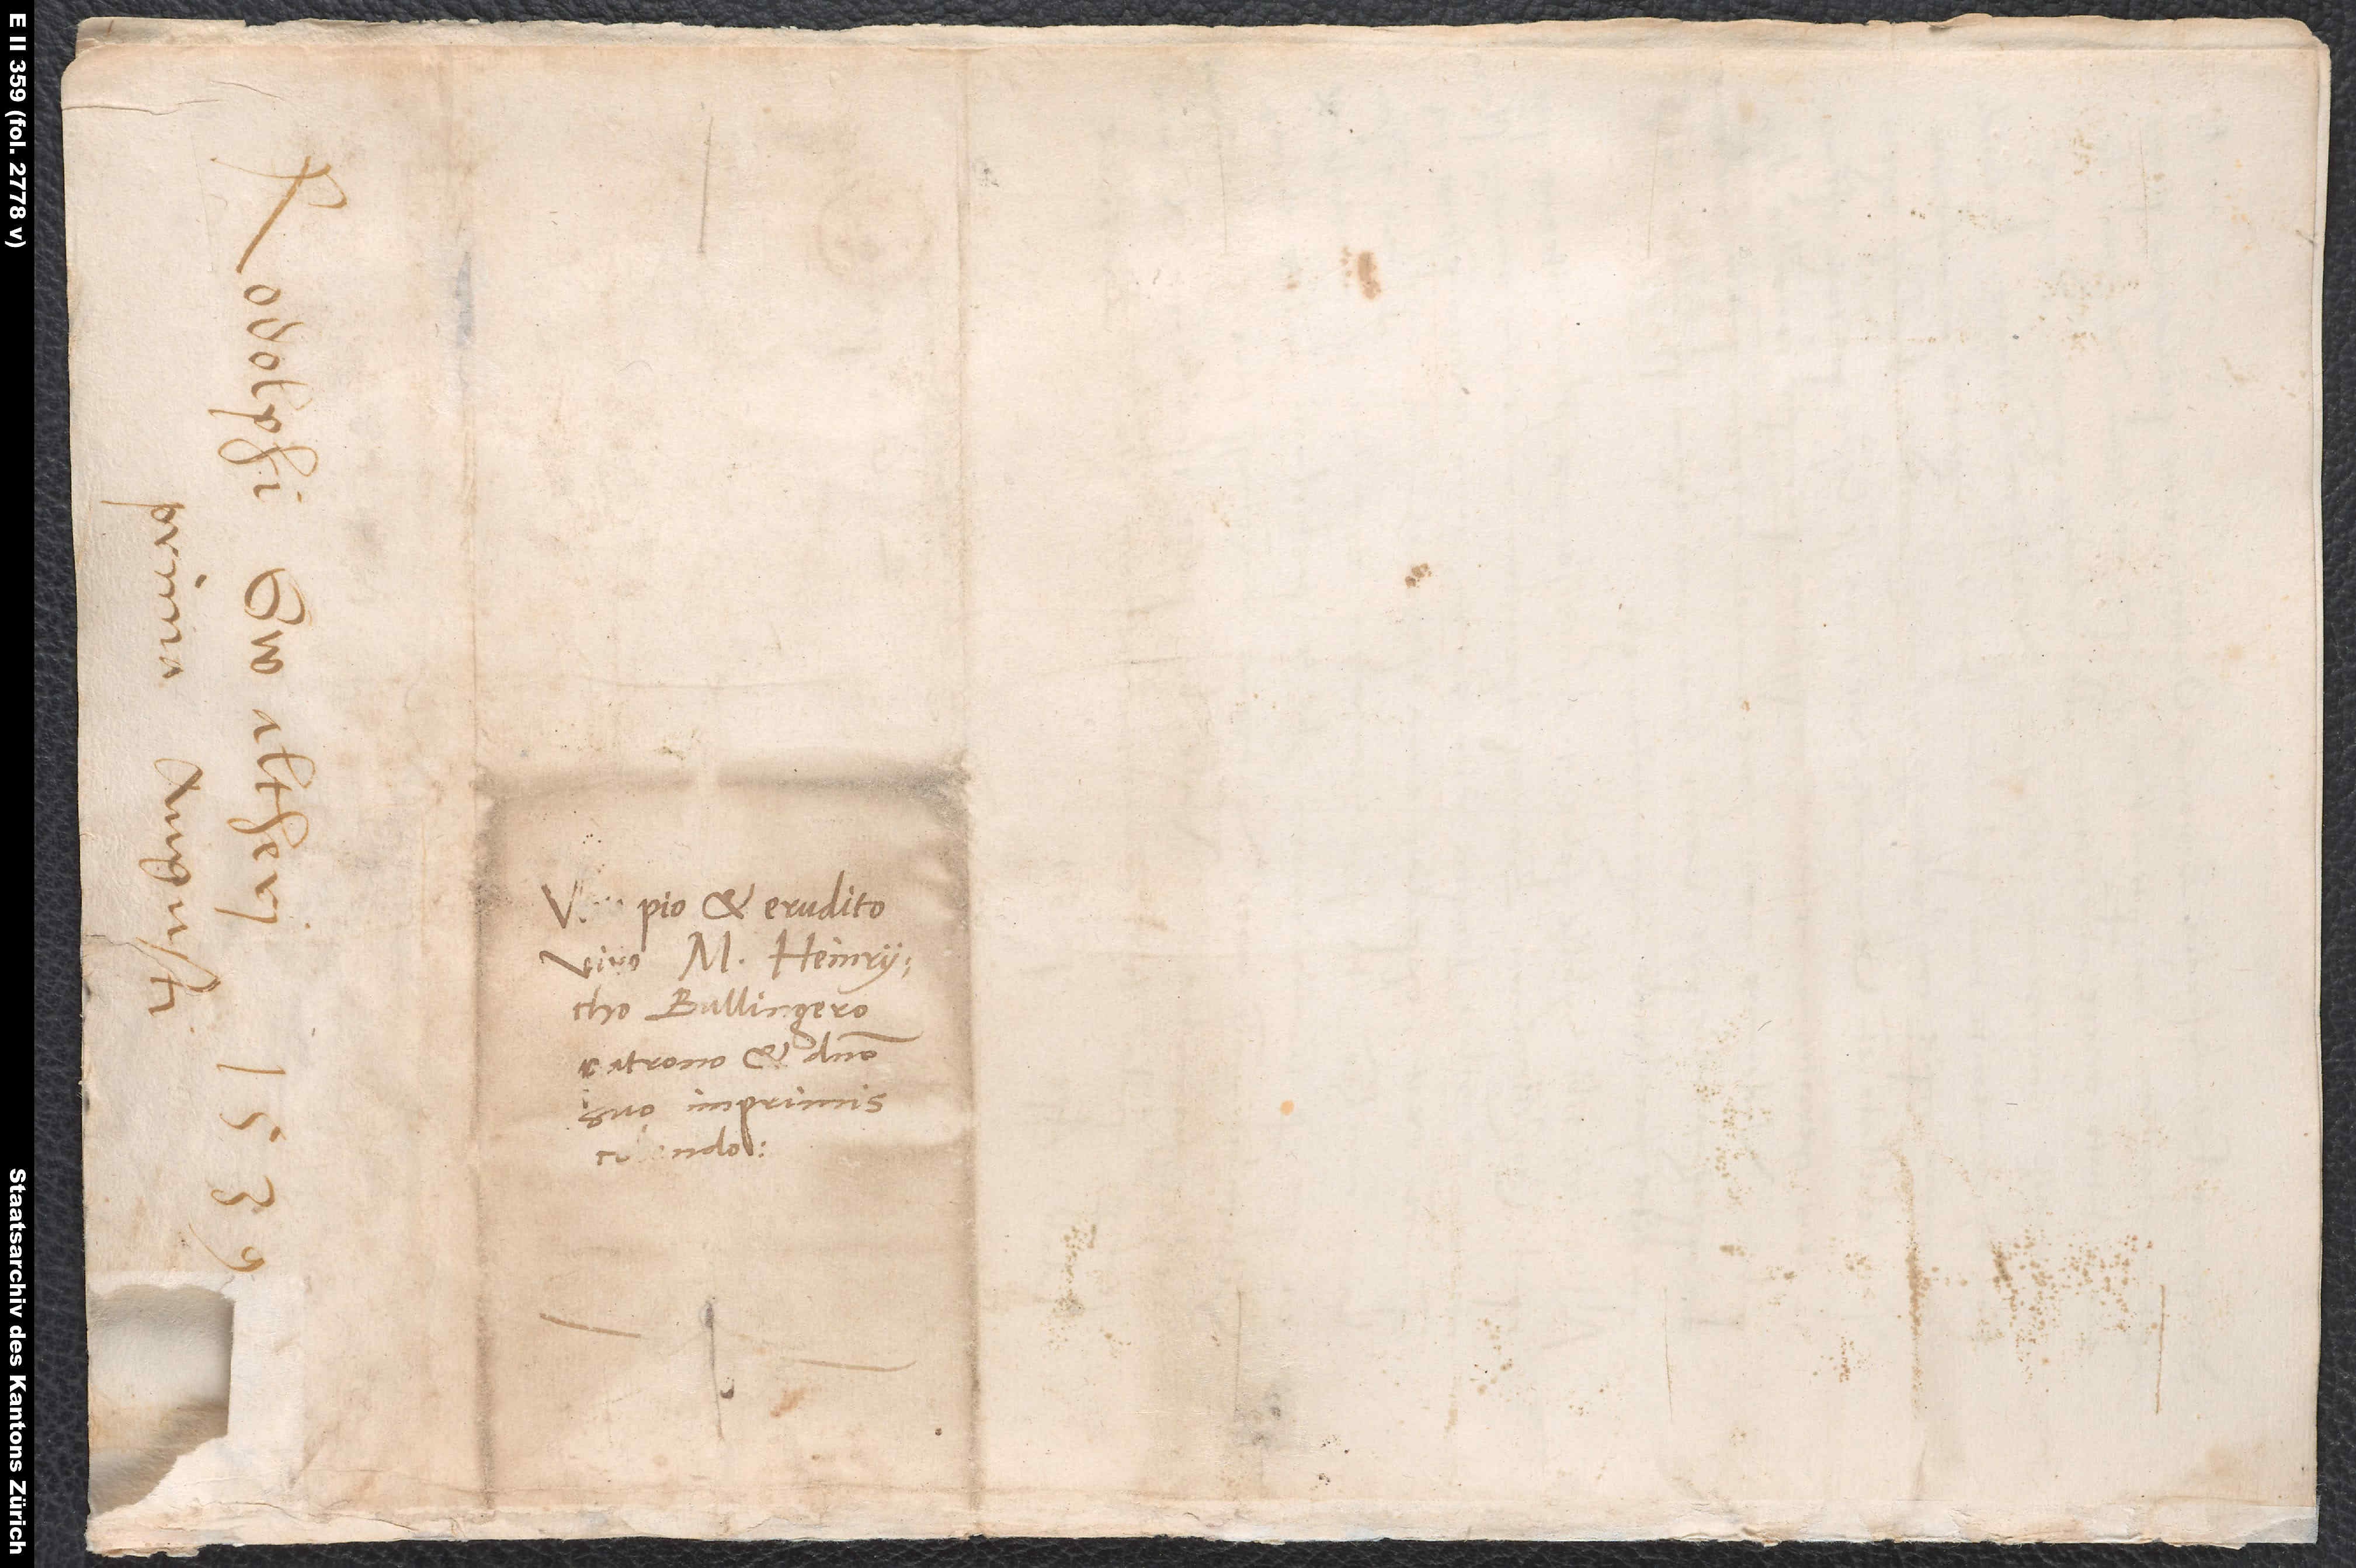
d.

pio et erudito
viro M. Heinrycho
Bullingero,
patrono et domino
suo imprimis